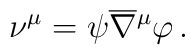
\nu^\mu=\psi \overline\nabla{^\mu}\varphi\, .